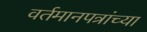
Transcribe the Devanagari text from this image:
वर्तमानपत्रांच्या